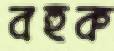
বহুক